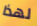
لهذا